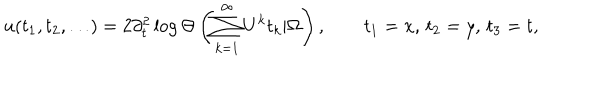
u ( t _ { 1 } , t _ { 2 } , \ldots ) = 2 \partial _ { t } ^ { 2 } \log \Theta \left( \sum _ { k = 1 } ^ { \infty } U ^ { k } t _ { k } | \Omega \right) , \qquad t _ { 1 } = x , \, t _ { 2 } = y , \, t _ { 3 } = t ,